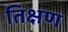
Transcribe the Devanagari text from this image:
तिक्षण